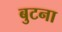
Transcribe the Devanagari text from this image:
बुटना